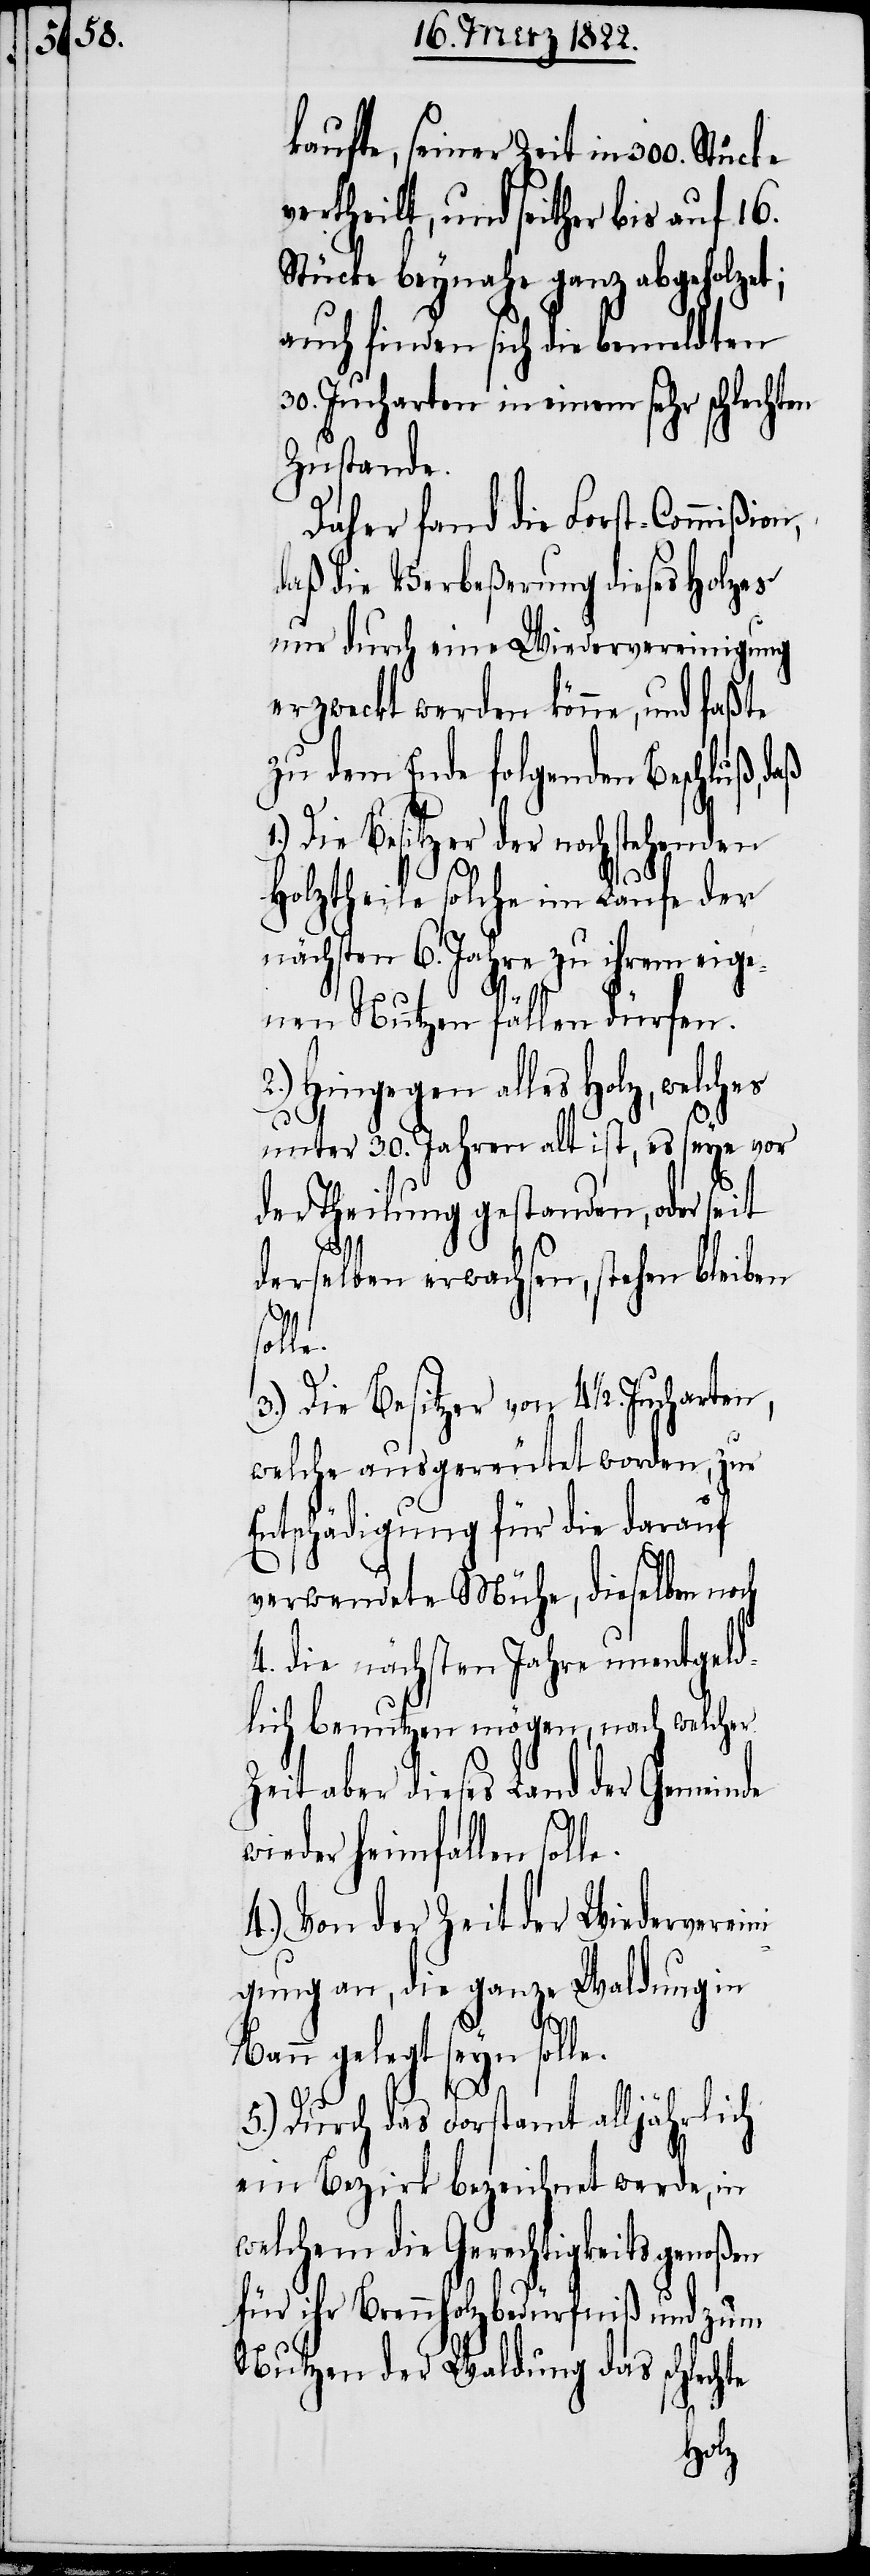
kaufte, seiner Zeit in 300. Stücke
vertheilt, und seither bis auf 16.
Stücke beynahe ganz abgeholzet;
auch finden sich die bemeldten
30. Jucharten in einem sehr schlechten
Zustande.
Daher fand die Forst-Commißion,
daß die Verbeßerung diese Holzes
nur durch eine Wiedervereinigung
erzweckt werden könne, und faßte
zu dem Ende folgenden Beschluß, daß
1.) Die Besitzer der nachstehenden
Holztheile solche im Laufe der
nächsten 6. Jahre zu ihrem eige¬
nen Nutzen fällen dürfen.
2.) Hingegen alles Holz, welch¬
unter 30. Jahren alt ist, es seye vor
der Theilung gestanden, oder seit
derselben erwachsen, stehen bleiben
le.
3.) Die Besitzer von 41/2 Jucharten,
welche ausgereutet worden, zur
Entschädigung für die darauf
verwendete Mühe, dieselben noch
4. die nächsten Jahre unentgeld¬
lich benutzen mögen, nach welcher
Zeit aber dieses Land der Gemeinde
wieder heimfallen soll¬
4.) Von der Zeit der Wiederverein¬
igung an, die ganze Waldungen
Bann gelegt seyn solle.
e.
5.) Durch das Forstamt alljährlich
ein Bezirk bezeichnet werde, in
welchem die Gerechtigkeitsgenoßen
für ihr Brennholzbedürfniß und zum
Nutzen der Waldung das schlechte